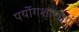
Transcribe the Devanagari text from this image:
पर्योगशालाएं